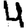
Digit: 4